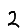
Digit: 2